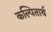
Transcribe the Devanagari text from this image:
कल्पितार्थ